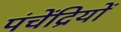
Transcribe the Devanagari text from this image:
पंचेंद्रियों